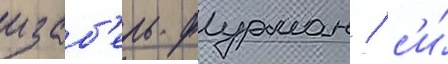
изаб'ель фурман / с'и́